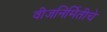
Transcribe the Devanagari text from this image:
वीजनिर्मितीचे